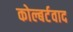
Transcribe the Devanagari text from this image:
कोल्बर्टवाद